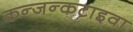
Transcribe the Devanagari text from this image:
कन्जन्कटाइवा